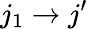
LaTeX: j_{1}\rightarrow j^{\prime}